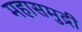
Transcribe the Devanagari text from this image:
महासमुद्री